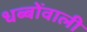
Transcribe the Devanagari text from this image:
धब्बोंवाली